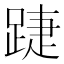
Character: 踕